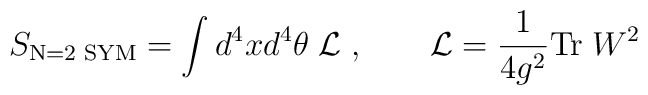
S_{\mbox{\scriptsize N=2 SYM}} =\int d^4xd^4\theta\; {\cal L} \;, \qquad {\cal L} = \frac{1}{4g^2}  {\rm Tr}\;W^2